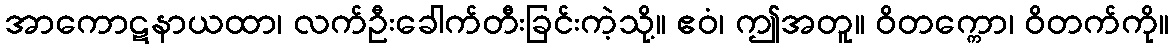
အာကောဋနာယထာ၊ လက်ဦးခေါက်တီးခြင်းကဲ့သို့။ ဧဝံ၊ ဤအတူ။ ဝိတက္ကော၊ ဝိတက်ကို။